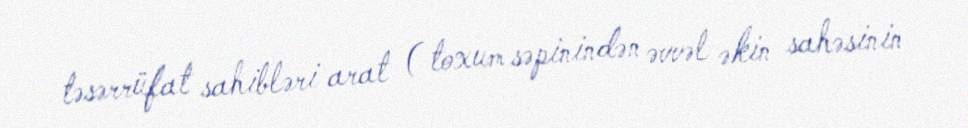
təsərrüfat sahibləri arat ( toxum səpinindən əvvəl əkin sahəsinin